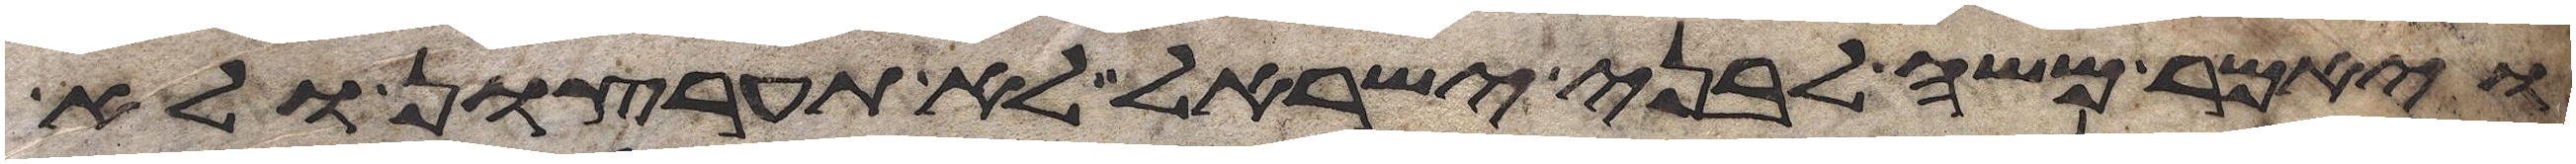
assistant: ויאמר משה לבני ישראל לא תערצון ולא